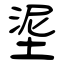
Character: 埿